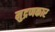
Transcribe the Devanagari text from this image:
मुद्रणकार